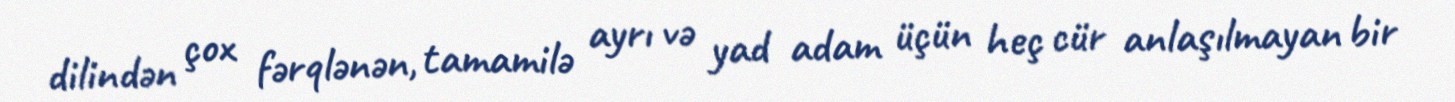
dilindən çox fərqlənən, tamamilə ayrı və yad adam üçün heç cür anlaşılmayan bir